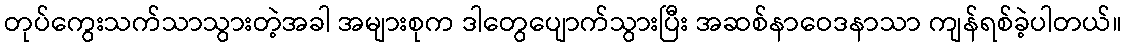
တုပ်ကွေးသက်သာသွားတဲ့အခါ အများစုက ဒါတွေပျောက်သွားပြီး အဆစ်နာဝေဒနာသာ ကျန်ရစ်ခဲ့ပါတယ်။